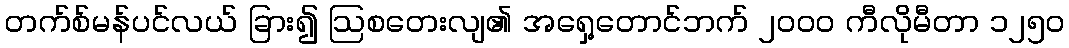
တက်စ်မန်ပင်လယ် ခြား၍ ဩစတေးလျ၏ အရှေ့တောင်ဘက် ၂၀၀၀ ကီလိုမီတာ ၁၂၅၀